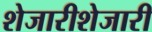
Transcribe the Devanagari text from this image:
शेजारीशेजारी